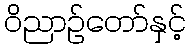
ဝိညာဉ်တော်နှင့်